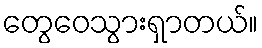
တွေဝေသွားရှာတယ်။